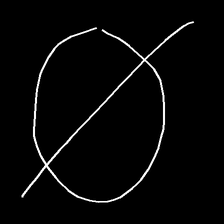
Glyph: orb